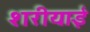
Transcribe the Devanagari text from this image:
शरीयाई